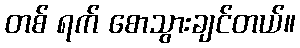
တစ် ရက် စောသွားချင်တယ်။